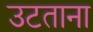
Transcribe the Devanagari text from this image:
उटताना